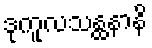
ဒုကူလသန္ထနာနိ